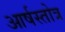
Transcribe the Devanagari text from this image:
आर्षस्तोत्र